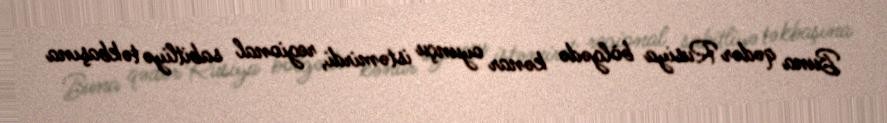
Buna qədər Rusiya bölgədə kənar oyunçu istəmirdi, regional sabitliyə təkbaşına